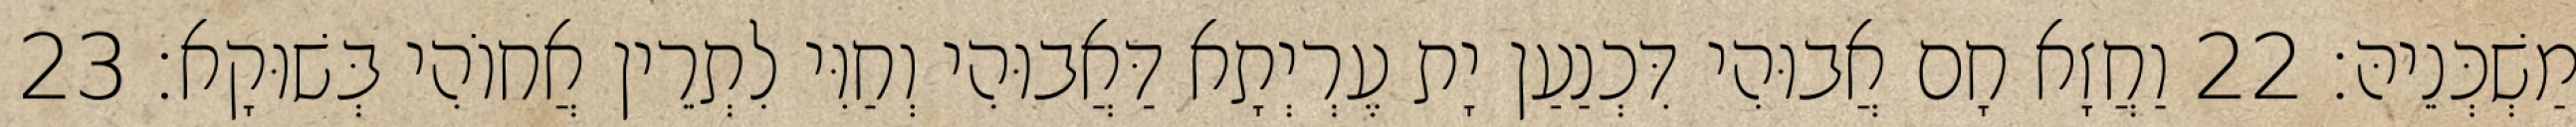
מַשְׁכְּנֵיהּ׃ 22 וַחֲזָא חָם אֲבוּהִי דִּכְנַעַן יָת עֶרְיְתָא דַּאֲבוּהִי וְחַוִּי לִתְרֵין אֲחוֹהִי בְּשׁוּקָא׃ 23